Scottish assistants in French and German schools and colleges, 1935
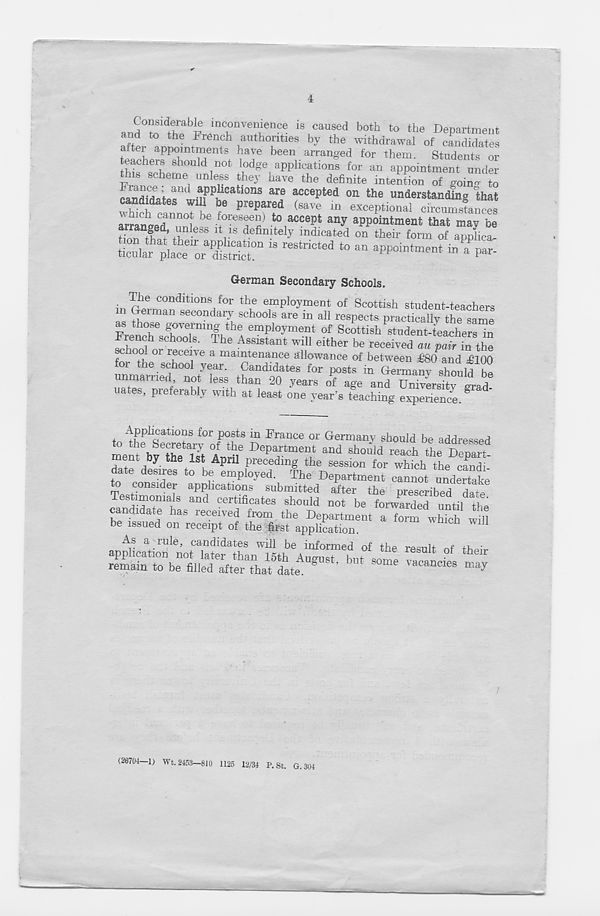
4
Considerable inconvenience is caused both to the Denartment
and to the French authorities by the withdrawal of candidates
ter appointments have been arranged for them. Students or
thif'Sh Sh°U d
1
n0t loc te e applications for an appointment under
this scheme unless they have the definite intention of goino to
cand^rtm PP i 1Catl°nS are aCCepted on the understanding that
candidates will oe prepared (save in exceptional circumstances
arrange^1 1 ,ml be f
f
ores f ^ to accept any appointment that mav be
finn tw’fn •
defimteI y indl cated on their form of applica.
tlcute plat or aP dSr 18 reStriCted 40 a " *W*°«™* ™ » par-
uerman Secondary Schools.
The conditions for the employment of Scottish student-teachers
n ^e rman secondary schools are in all respects practically the same
as those governing the employment of Scottish ttudent-teachers in
srW? Sch°0 S ’ dhe Assistant will either be received au pair in the
school or receive a maintenance allowance of between T80 and T100
for the school year. Candidates for posts in Germany should be
unnamed not less than 20 years of age and Un'versitv grad
nates, preferably with at least one year’s teaching experienced
Applications for posts in France or Germany should be addressed
ment Dy the 1st April preceding the session for which the candi
date desires to be employed. The Department cannot undertake
to consider applications submitted after the prescribed date
Testimonials and certlfi cates should not be forwarded until the
candidate has received from the Department a form which whl
be issued on receipt of the first application.
As a rule, candidates will be informed of the remit
tn ■
(26704—1) Wt. 2453—810 1125 12/34 P. St. G.304